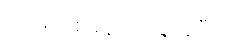
(အိမ်သစ်ခန်း၌ ရေးခဲ့ပြီ။)